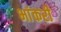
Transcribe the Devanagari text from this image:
भांकरी